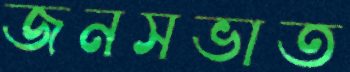
জনসভাত